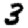
Digit: 3